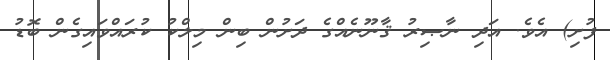
ފުށި) އެވެ. އަދި ނާޞިރު ޤާނޫނެއްގެ ދަށުން ބިން މިލްކު ކުރައްވައިގެން ބޮޑު